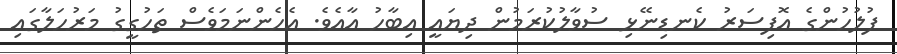
ފުލުހުންގެ އޮފިސަރު ކެނޑިނޭޅި ސުވާލުކުރަމުން ދިޔައީ އިބާހު އާއެވެ. އެހެންނަމަވެސް ތަހުގީގު މަރުހަލާގައި